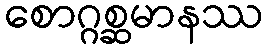
စောဂ္ဂစ္ဆမာနဿ